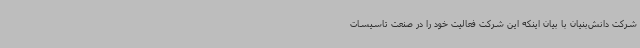
شرکت دانش‌بنیان با بیان اینکه این شرکت فعالیت خود را در صنعت تاسیسات